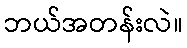
ဘယ်အတန်းလဲ။